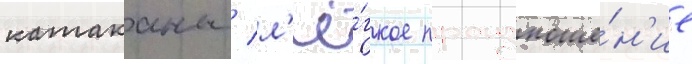
катаканы / л'ё́гкое произноше́н'ие